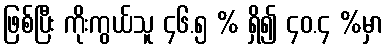
ဖြစ်ပြီး ကိုးကွယ်သူ ၄၆.၅ % ရှိ၍ ၄၀.၄ %မှာ